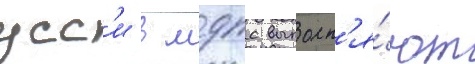
усс'и в мдпс выполн'я́ют